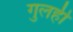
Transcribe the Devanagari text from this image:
गुलही